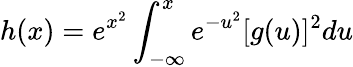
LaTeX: h(x)=e^{x^{2}}\int_{-\infty}^{x}e^{-u^{2}}[g(u)]^{2}du